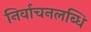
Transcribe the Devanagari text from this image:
निर्वाचनलब्धि